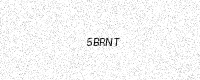
Text: 5BRNT